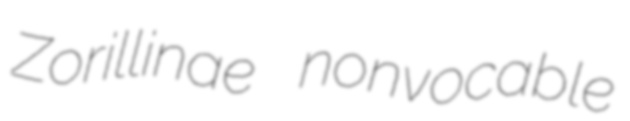
Zorillinae nonvocable